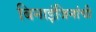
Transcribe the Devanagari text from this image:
बिनाइंजिनांची